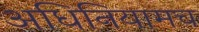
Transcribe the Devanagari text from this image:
अधिनियामच